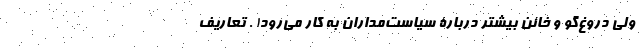
ولی دروغ‌گو و خائن بیشتر دربارۀ سیاست‌مداران به کار می‌رود! . تعاریف